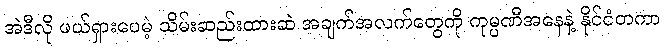
အဲဒီလို ဖယ်ရှားပေမဲ့ သိမ်းဆည်းထားဆဲ အချက်အလက်တွေကို ကုမ္ပဏီအနေနဲ့ နိုင်ငံတကာ